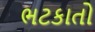
ભટકાતો